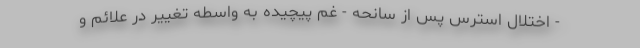
- اختلال استرس پس از سانحه - غم پیچیده به واسطه تغییر در علائم و